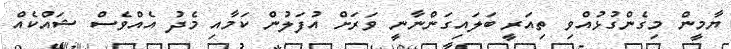
ޔާމީން މިގެންގުޅުއްވި ތިއަރީ ބަލައިގަންނާނީ ވަރަށް އުފަލުން ކަމާއި މެދު އެއްވެސް ޝައްކެއް